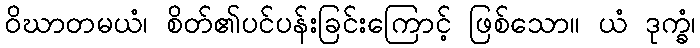
ဝိဃာတမယံ၊ စိတ်၏ပင်ပန်းခြင်းကြောင့် ဖြစ်သော။ ယံ ဒုက္ခံ၊